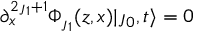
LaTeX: \partial _ { x } ^ { 2 \jmath _ { 1 } + 1 } \Phi _ { \jmath _ { 1 } } ( z , x ) | \jmath _ { 0 } , t \rangle = 0